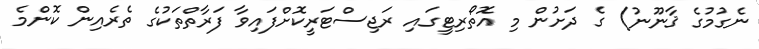
ނެގުމުގެ ޤާނޫނު) ގެ ދަށުން މި އޮތޯރިޓީގައި ރަޖިސްޓަރީކޮށްފައިވާ ފަރާތްތަކުގެ ތެރެއިން ކޮންމެ